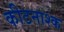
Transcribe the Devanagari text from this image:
कीटनाश्क